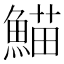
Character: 𮬂